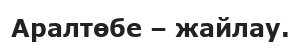
Аралтөбе – жайлау.